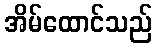
အိမ်ထောင်သည်